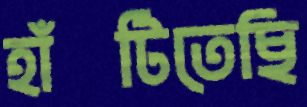
হাঁটিতেছি